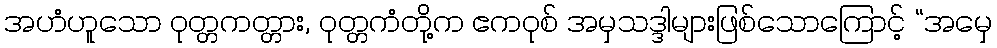
အဟံဟူသော ဝုတ္တကတ္တား, ဝုတ္တကံတို့က ဧကဝုစ် အမှသဒ္ဒါများဖြစ်သောကြောင့် “အမှေ